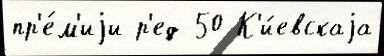
пр'е́м'иjи р'ед 50 К'и́евскаjа